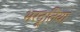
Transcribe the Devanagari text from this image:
भरदूतिया